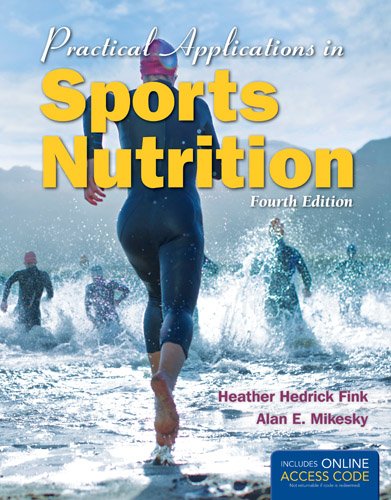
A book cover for Practical Applications In Sports Nutrition; Heather Hedrick Fink; Medical Books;